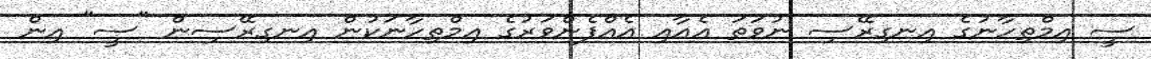
ސީ އިމްތިހާނުގެ އިނގިރޭސި ނުވަތަ އެއާއި އެއްފެންވަރުގެ އިމްތިހާނަކުން އިނގިރޭސިން "ސީ" އިން